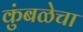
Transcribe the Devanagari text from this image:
कुंबळेचा